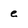
Character: e